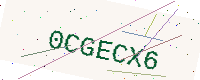
Text: 0CGECX6